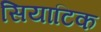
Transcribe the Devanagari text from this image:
सियाटिक